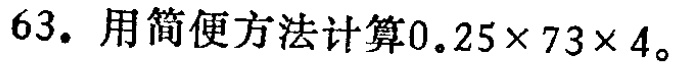
63. 用简便方法计算\(0.25\times 73\times 4\)。